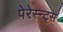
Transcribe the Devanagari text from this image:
पेरेस्न्ट्स